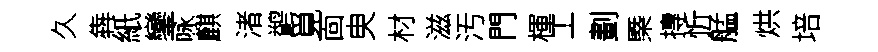
久犇紙鑾咏麒渚鹢覓靣㬰材滋汚門楎工劃槩摶忻艋烘培